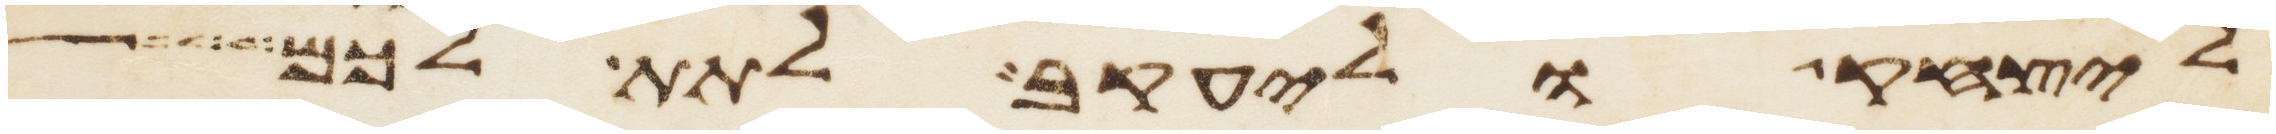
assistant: ליצחק וליעקב לתת לכם